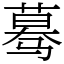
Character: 蓦